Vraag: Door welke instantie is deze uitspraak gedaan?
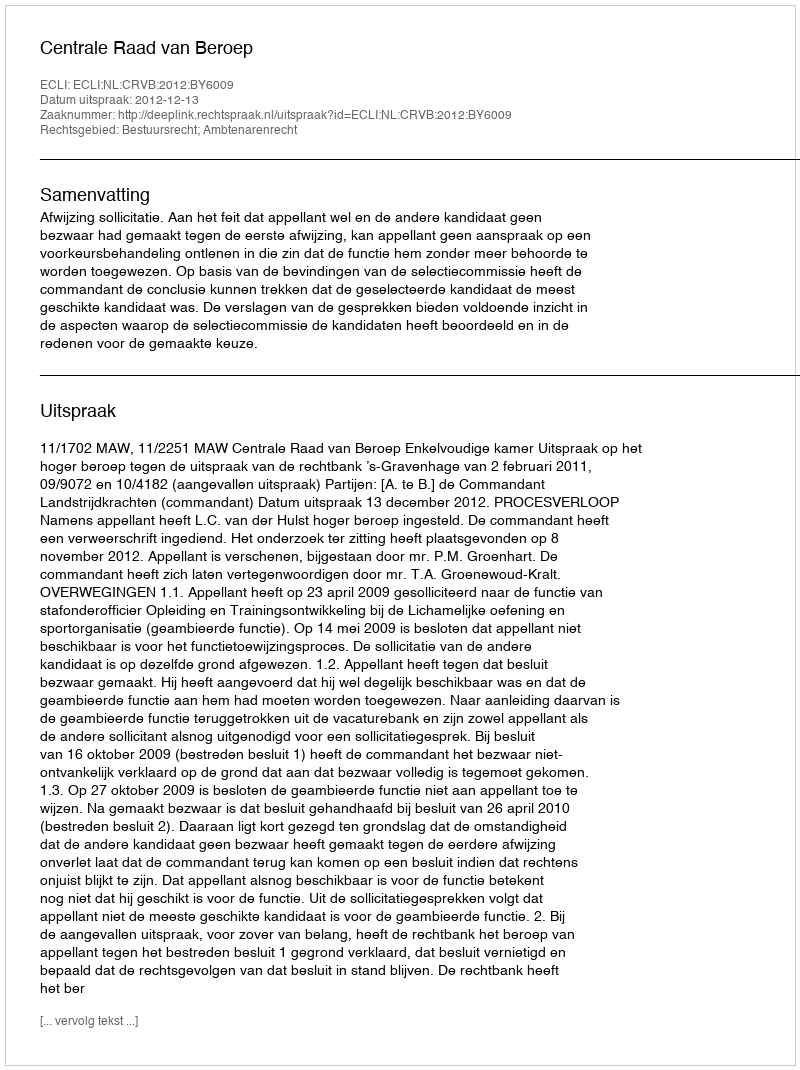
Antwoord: Centrale Raad van Beroep